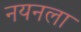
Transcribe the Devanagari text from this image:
नयनला